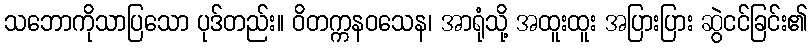
သဘောကိုသာပြသော ပုဒ်တည်း။ ဝိတက္ကနဝသေန၊ အာရုံသို့ အထူးထူး အပြားပြား ဆွဲငင်ခြင်း၏